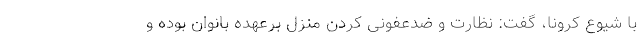
با شیوع کرونا، گفت: نظارت و ضدعفونی کردن منزل برعهده بانوان بوده و